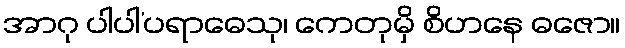
အာဂု ပါပါ’ပရာဓေသု၊ ကေတုမှိ စိဟနေ ဓဇော။